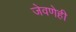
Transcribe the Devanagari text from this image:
जेवणेही